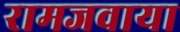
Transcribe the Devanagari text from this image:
रामजवाया